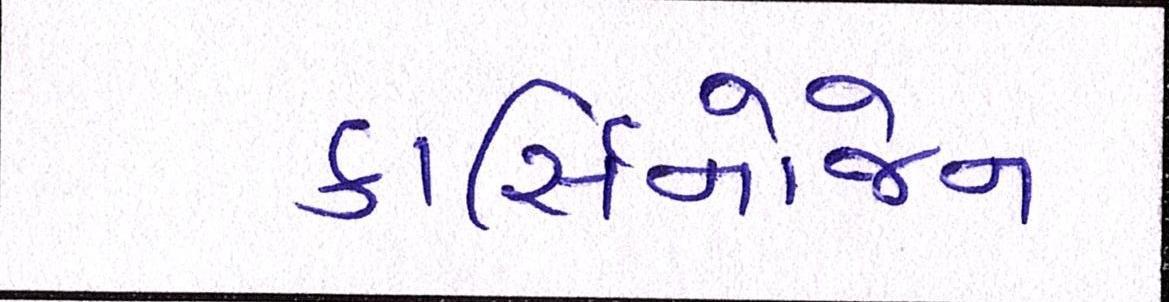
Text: કાર્સિનોજેન